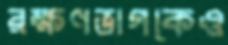
রক্ষণভাগকেও